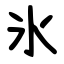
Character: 氷